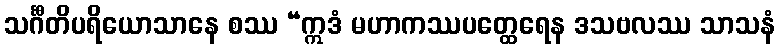
သင်္ဂီတိပရိယောသာနေ စဿ “ဣဒံ မဟာကဿပတ္ထေရေန ဒသဗလဿ သာသနံ